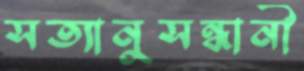
সত্যানুসন্ধানী